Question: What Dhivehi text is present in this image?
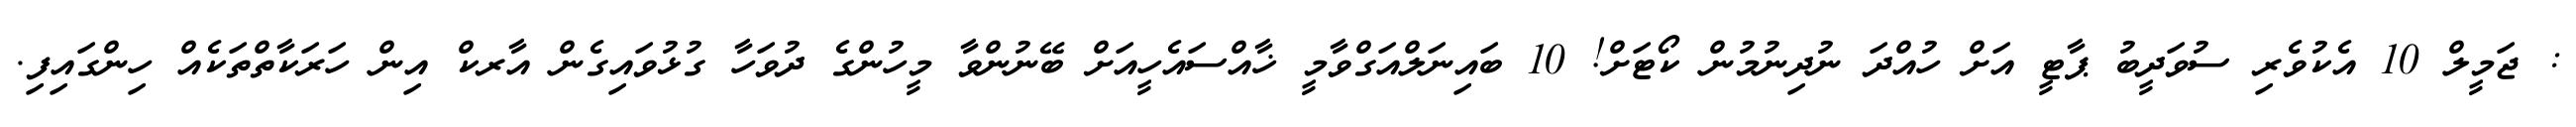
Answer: : ޖަމީލް 10 އެކުވެރި ސުވަދީބު ޕާޓީ އަށް ހުއްދަ ނުދިނުމުން ކޯޓަށް! 10 ބައިނަލްއަގްވާމީ ޚާއްސައެހީއަށް ބޭނުންވާ މީހުންގެ ދުވަހާ ގުޅުވައިގެން އާރކް އިން ހަރަކާތްތަކެއް ހިންގައިފި.